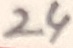
Text: 24